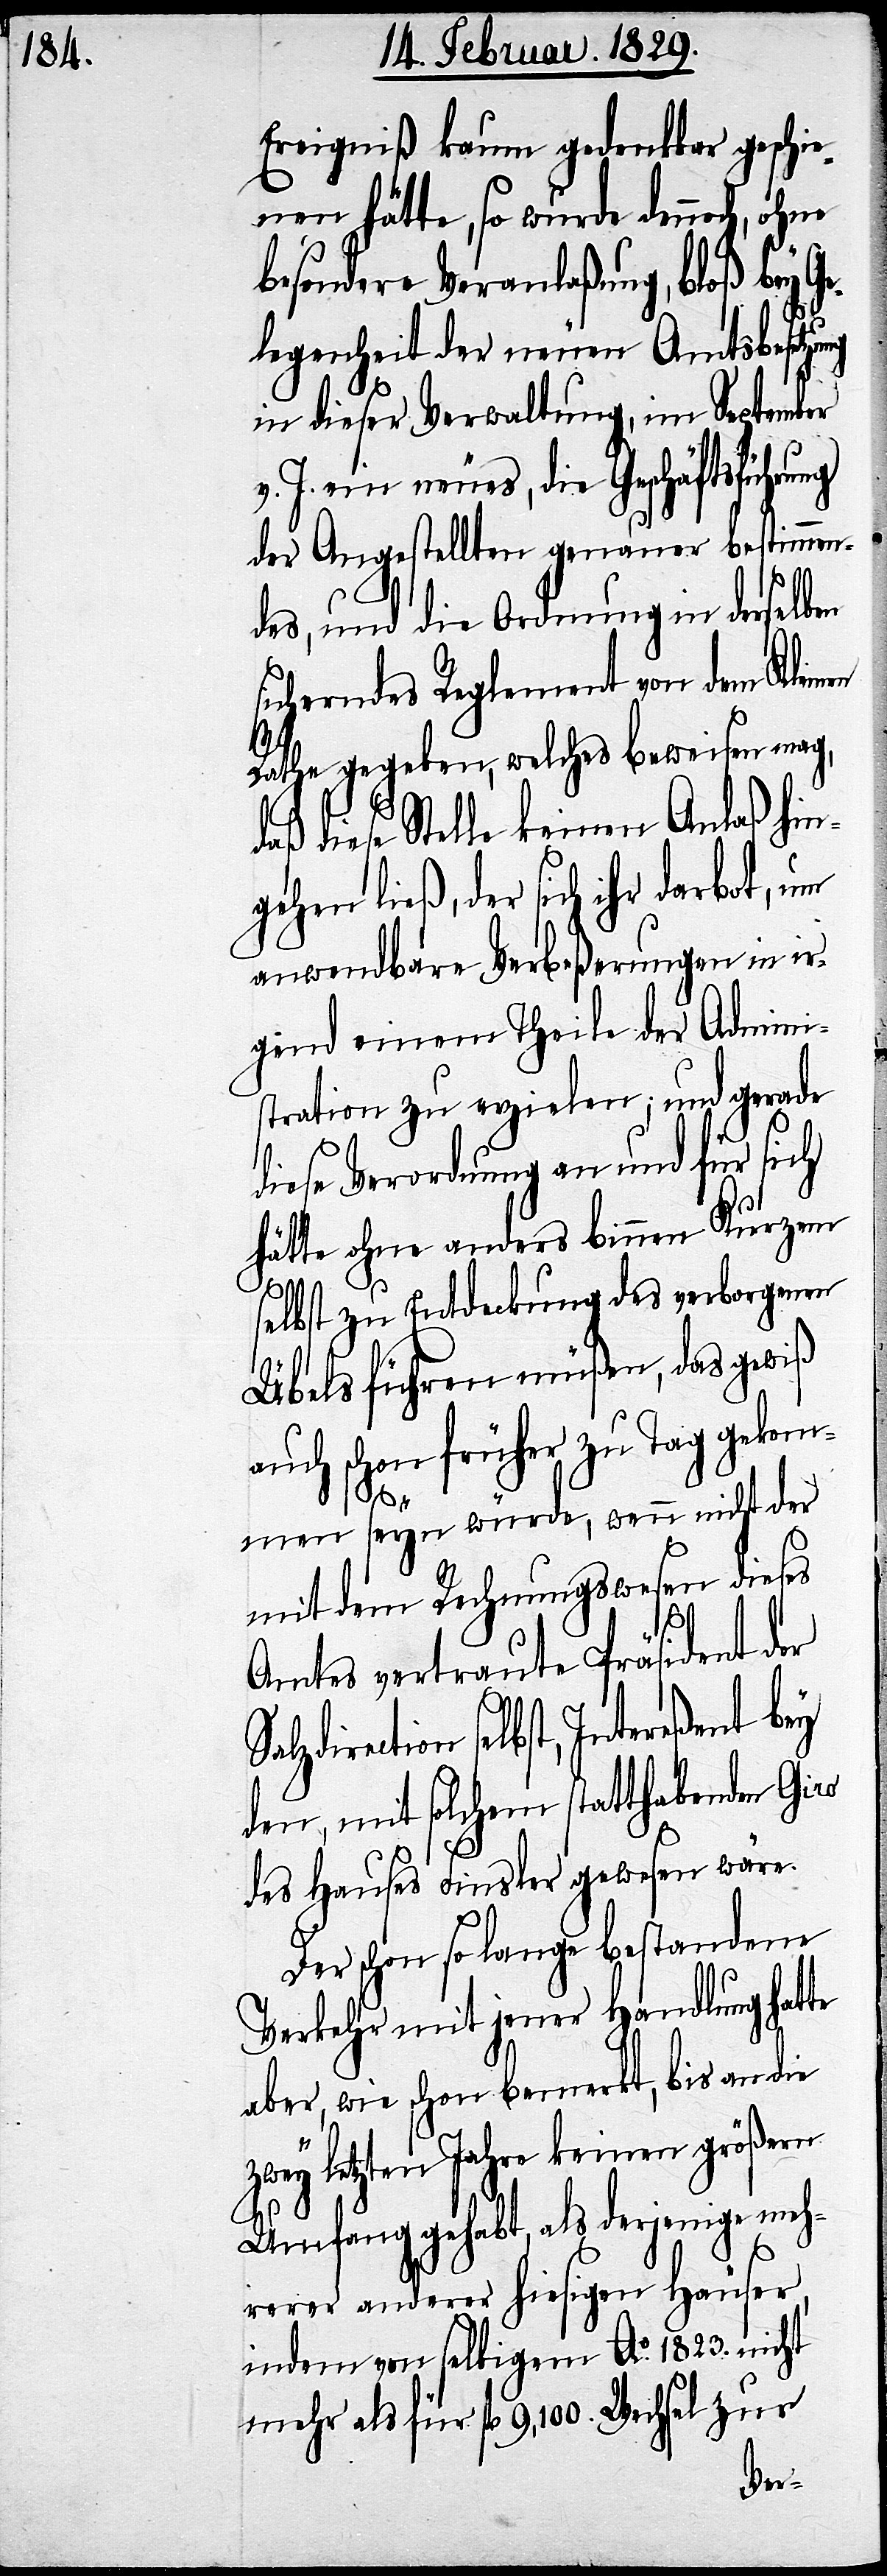
Ereigniß kaum gedenkbar geschie¬
nen hätte, so wurde dennoch, ohne
besondere Veranlaßung, bloß bey G¬
elegenheit der neuen Amtsbesetzung
in dieser Verwaltung, im September
v. J. ein neues, die Geschäftsführung
der Angestellten genauer bestimmen¬
des, und die Ordnung in derselben
sicherndes Reglement von dem Kleinen
Rathe gegeben, welches beweisen mag,
diese Stelle keinen Anlaß hin¬
gehen ließ, der sich ihr darbot, um
anwendbare Verbeßerungen in ir¬
gend einem Theile der Admini¬
stration zu erzielen; und gerade
diese Verordnung an und für sich
hätte ohne anderes binnen Kurzem
selbst zu Entdeckung des verborgenen
Übels führen müßen, des gewiß
auch schon früher zu Tag gekom¬
men seyn würde, wenn nicht der
mit dem Rechnungswesen dieses
Amtes vertraute Präsident der
selbst, Intereßent bey
den, mit solchem statthabenden Giro
des Hauses Finsler gewesen wäre.
Der schon so lange bestandene
Verkehr mit jener Handlung hatte
aber, wie schon bemerkt, bis an die
zwey letzten Jahre keinen größern
Umfang gehabt, als derjenige meh¬
rerer anderer hiesigen Häuser,
indem von selbigem Ao. 1823. nicht
mehr als für fl. 9,100. Wechsel zur